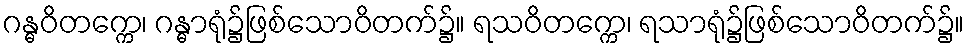
ဂန္ဓဝိတက္ကေ၊ ဂန္ဓာရုံ၌ဖြစ်သောဝိတက်၌။ ရသဝိတက္ကေ၊ ရသာရုံ၌ဖြစ်သောဝိတက်၌။